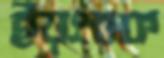
ইয়ংবক